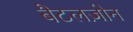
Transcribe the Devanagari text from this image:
बैटलज़ोन